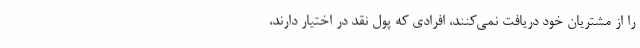
را از مشتریان خود دریافت نمی‌کنند، افرادی که پول نقد در اختیار دارند،